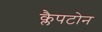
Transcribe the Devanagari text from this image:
क्लैपटोन